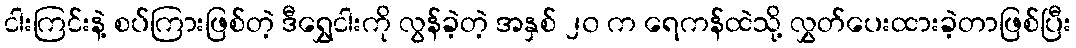
ငါးကြင်းနဲ့ စပ်ကြားဖြစ်တဲ့ ဒီရွှေငါးကို လွန်ခဲ့တဲ့ အနှစ် ၂၀ က ရေကန်ထဲသို့ လွှတ်ပေးထားခဲ့တာဖြစ်ပြီး